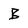
Character: B